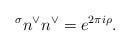
LaTeX: \begin{align*}{}^\sigma n^\vee n^\vee = e^{2 \pi i \rho}.\end{align*}